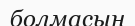
болмасын